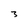
Character: 3